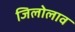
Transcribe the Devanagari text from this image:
जिलोलाव